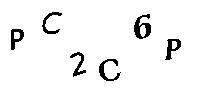
PC2C6P